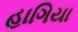
હાગિયા